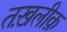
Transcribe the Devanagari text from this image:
तख़लीक़